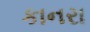
કાનરા